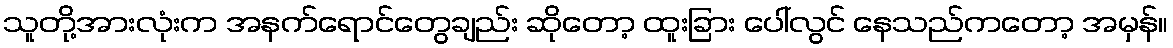
သူတို့အားလုံးက အနက်ရောင်တွေချည်း ဆိုတော့ ထူးခြား ပေါ်လွင် နေသည်ကတော့ အမှန်။